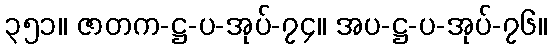
၃၅၁။ ဇာတက-ဋ္ဌ-ပ-အုပ်-၇၄။ အပ-ဋ္ဌ-ပ-အုပ်-၇၆။